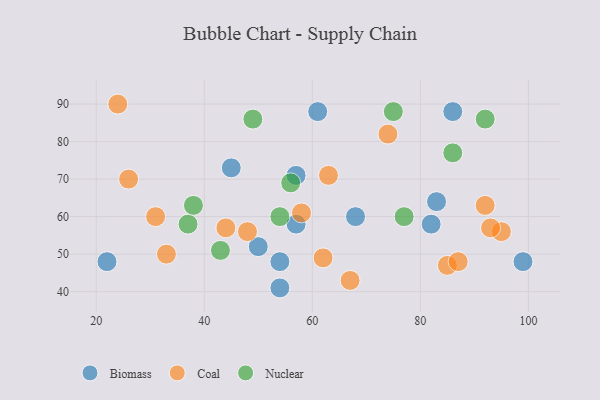
{"axis": {"x": "GDP", "y": "Life Expectancy"}, "legend": ["Biomass", "Coal", "Nuclear"], "data": [{"x": "61", "y": 88, "type": "Biomass"}, {"x": "54", "y": 41, "type": "Biomass"}, {"x": "82", "y": 58, "type": "Biomass"}, {"x": "54", "y": 48, "type": "Biomass"}, {"x": "57", "y": 58, "type": "Biomass"}, {"x": "86", "y": 88, "type": "Biomass"}, {"x": "99", "y": 48, "type": "Biomass"}, {"x": "57", "y": 71, "type": "Biomass"}, {"x": "83", "y": 64, "type": "Biomass"}, {"x": "45", "y": 73, "type": "Biomass"}, {"x": "22", "y": 48, "type": "Biomass"}, {"x": "68", "y": 60, "type": "Biomass"}, {"x": "50", "y": 52, "type": "Biomass"}, {"x": "62", "y": 49, "type": "Coal"}, {"x": "95", "y": 56, "type": "Coal"}, {"x": "93", "y": 57, "type": "Coal"}, {"x": "58", "y": 61, "type": "Coal"}, {"x": "85", "y": 47, "type": "Coal"}, {"x": "48", "y": 56, "type": "Coal"}, {"x": "74", "y": 82, "type": "Coal"}, {"x": "26", "y": 70, "type": "Coal"}, {"x": "33", "y": 50, "type": "Coal"}, {"x": "31", "y": 60, "type": "Coal"}, {"x": "87", "y": 48, "type": "Coal"}, {"x": "44", "y": 57, "type": "Coal"}, {"x": "67", "y": 43, "type": "Coal"}, {"x": "63", "y": 71, "type": "Coal"}, {"x": "24", "y": 90, "type": "Coal"}, {"x": "92", "y": 63, "type": "Coal"}, {"x": "43", "y": 51, "type": "Nuclear"}, {"x": "54", "y": 60, "type": "Nuclear"}, {"x": "77", "y": 60, "type": "Nuclear"}, {"x": "86", "y": 77, "type": "Nuclear"}, {"x": "37", "y": 58, "type": "Nuclear"}, {"x": "49", "y": 86, "type": "Nuclear"}, {"x": "56", "y": 69, "type": "Nuclear"}, {"x": "75", "y": 88, "type": "Nuclear"}, {"x": "92", "y": 86, "type": "Nuclear"}, {"x": "38", "y": 63, "type": "Nuclear"}]}